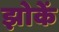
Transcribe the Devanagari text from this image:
झोकें